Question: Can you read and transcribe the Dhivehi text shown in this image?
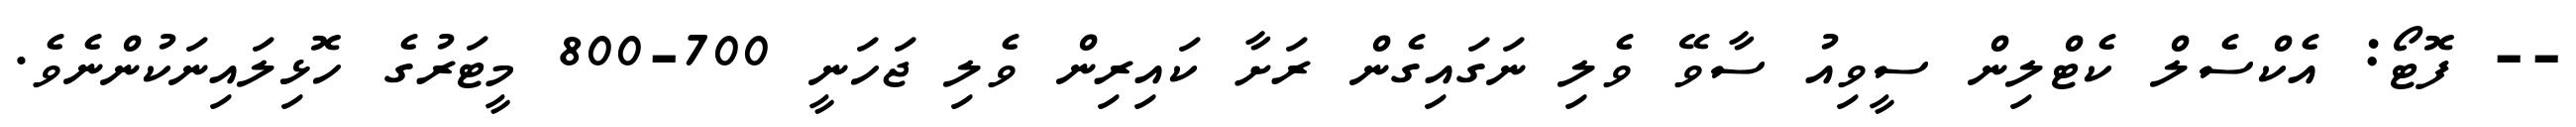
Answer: -- ފޮޓޯ: އެކްސެލް ކެޓްލިން ސީވިއު ސާވޭ ވެލި ނަގައިގެން ރަށާ ކައިރިން ވެލި ޖަހަނީ 700-800 މީޓަރުގެ ހޮޅިލައިނަކުންނެވެ.